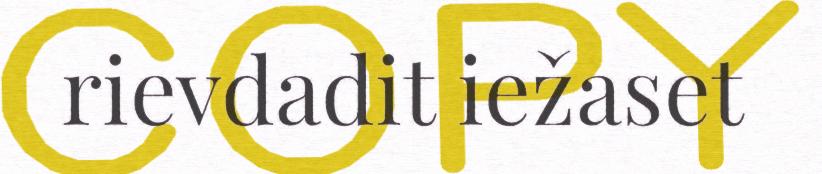
rievdadit iežaset